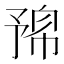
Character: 𠄛